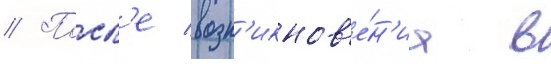
// Посл'е возн'икнов'е́н'иа в